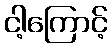
ငါ့ကြောင့်